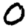
Digit: 0